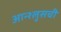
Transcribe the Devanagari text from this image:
आन्श्लुसची